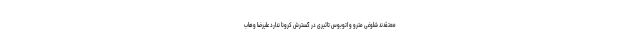
معتقدند شلوغی مترو و اتوبوس تاثیری در گسترش کرونا ندارد علیرضا وهاب